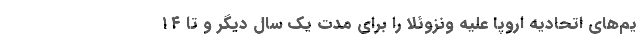
یم‌های اتحادیه اروپا علیه ونزوئلا را برای مدت یک سال دیگر و تا ۱۴